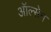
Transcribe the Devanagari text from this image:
ऑल्सेन